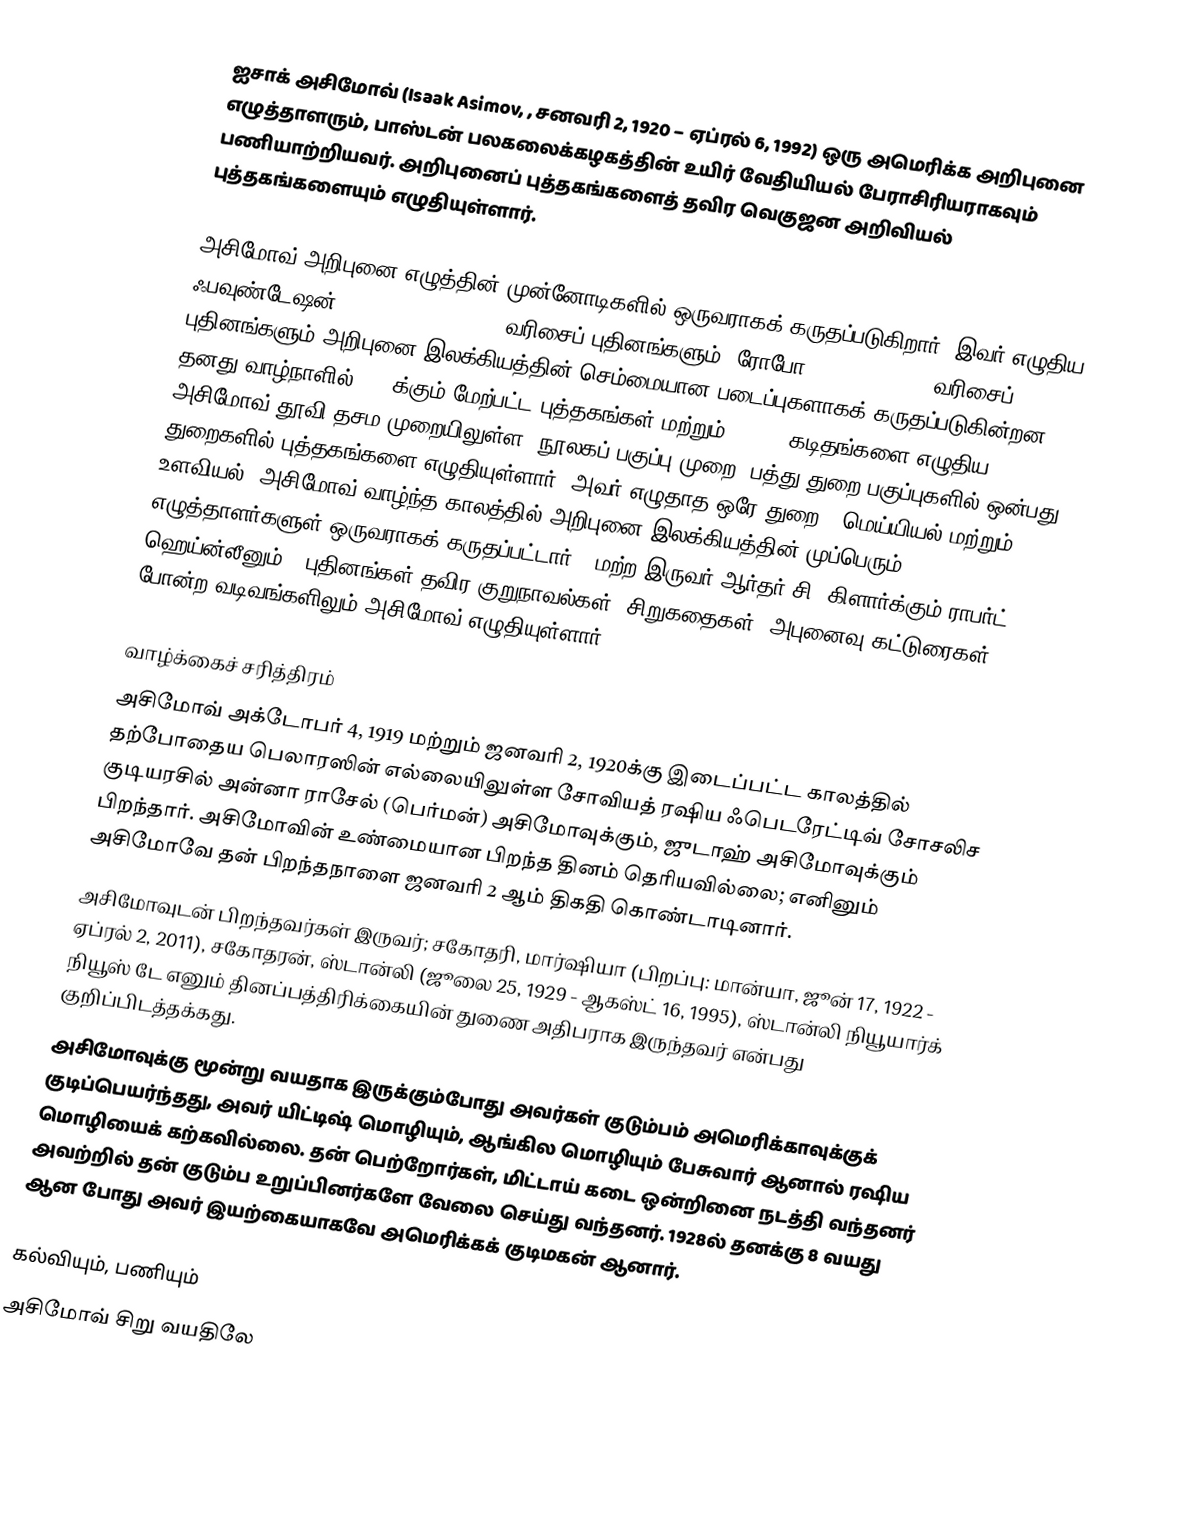
ஐசாக் அசிமோவ் (Isaak Asimov, , சனவரி 2, 1920 – ஏப்ரல் 6, 1992) ஒரு அமெரிக்க அறிபுனை எழுத்தாளரும், பாஸ்டன் பலகலைக்கழகத்தின் உயிர் வேதியியல் பேராசிரியராகவும் பணியாற்றியவர். அறிபுனைப் புத்தகங்களைத் தவிர வெகுஜன அறிவியல் புத்தகங்களையும் எழுதியுள்ளார்.

அசிமோவ் அறிபுனை எழுத்தின் முன்னோடிகளில் ஒருவராகக் கருதப்படுகிறார். இவர் எழுதிய ஃபவுண்டேஷன் (Foundation series) வரிசைப் புதினங்களும், ரோபோ (Robot series) வரிசைப் புதினங்களும் அறிபுனை இலக்கியத்தின் செம்மையான படைப்புகளாகக் கருதப்படுகின்றன. தனது வாழ்நாளில் 500 க்கும் மேற்பட்ட புத்தகங்கள் மற்றும் 90,000 கடிதங்களை எழுதிய அசிமோவ் தூவி தசம முறையிலுள்ள (நூலகப் பகுப்பு முறை) பத்து துறை பகுப்புகளில் ஒன்பது துறைகளில் புத்தகங்களை எழுதியுள்ளார். அவர் எழுதாத ஒரே துறை - மெய்யியல் மற்றும் உளவியல். அசிமோவ் வாழ்ந்த காலத்தில் அறிபுனை இலக்கியத்தின் முப்பெரும் எழுத்தாளர்களுள் ஒருவராகக் கருதப்பட்டார். (மற்ற இருவர் ஆர்தர் சி. கிளார்க்கும் ராபர்ட் ஹெய்ன்லீனும்). புதினங்கள் தவிர குறுநாவல்கள், சிறுகதைகள், அபுனைவு கட்டுரைகள் போன்ற வடிவங்களிலும் அசிமோவ் எழுதியுள்ளார்.

வாழ்க்கைச் சரித்திரம்
அசிமோவ் அக்டோபர் 4, 1919 மற்றும் ஜனவரி 2, 1920க்கு இடைப்பட்ட காலத்தில் தற்போதைய பெலாரஸின் எல்லையிலுள்ள சோவியத் ரஷிய ஃபெடரேட்டிவ் சோசலிச குடியரசில் அன்னா ராசேல் (பெர்மன்) அசிமோவுக்கும், ஜுடாஹ் அசிமோவுக்கும் பிறந்தார். அசிமோவின் உண்மையான பிறந்த தினம் தெரியவில்லை; எனினும் அசிமோவே தன் பிறந்தநாளை ஜனவரி 2 ஆம் திகதி கொண்டாடினார்.
அசிமோவுடன் பிறந்தவர்கள் இருவர்; சகோதரி, மார்ஷியா (பிறப்பு: மான்யா, ஜூன் 17, 1922 - ஏப்ரல் 2, 2011), சகோதரன், ஸ்டான்லி (ஜூலை 25, 1929 - ஆகஸ்ட் 16, 1995), ஸ்டான்லி நியூயார்க் நியூஸ் டே எனும் தினப்பத்திரிக்கையின் துணை அதிபராக இருந்தவர் என்பது குறிப்பிடத்தக்கது.
அசிமோவுக்கு மூன்று வயதாக இருக்கும்போது அவர்கள் குடும்பம் அமெரிக்காவுக்குக் குடிப்பெயர்ந்தது, அவர் யிட்டிஷ் மொழியும், ஆங்கில மொழியும் பேசுவார் ஆனால் ரஷிய மொழியைக் கற்கவில்லை. தன் பெற்றோர்கள், மிட்டாய் கடை ஒன்றினை நடத்தி வந்தனர் அவற்றில் தன் குடும்ப உறுப்பினர்களே வேலை செய்து வந்தனர். 1928ல் தனக்கு 8 வயது ஆன போது அவர் இயற்கையாகவே அமெரிக்கக் குடிமகன் ஆனார்.

கல்வியும், பணியும்
அசிமோவ் சிறு வயதிலே